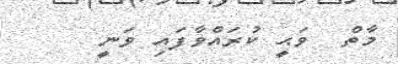
މާތް  ވަޙީ ކުރައްވާފައި ވަނީ